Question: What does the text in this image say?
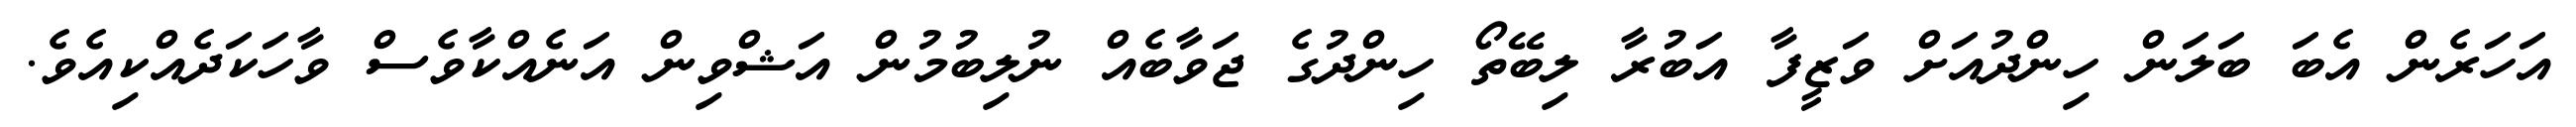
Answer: އަހަރެން އެބަ ބަލަން ހިންދުއަށް ވަޒީފާ އަބުރާ ލިބޭތޯ ހިންދުގެ ޖަވާބެއް ނުލިބުމުން އަޝްވިން އަނެއްކާވެސް ވާހަކަދެއްކިއެވެ.